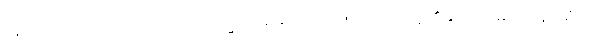
အကျိုးကို ယုံကြည်၍။ အဂါရသ္မာ၊ အိမ်ရာထောင်သော လူ၏ဘောင်မှ။ အနဂါရိယံ၊